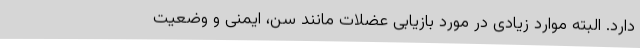
دارد. البته موارد زیادی در مورد بازیابی عضلات مانند سن، ایمنی و وضعیت